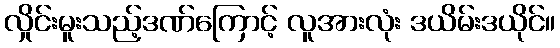
လှိုင်းမူးသည့်ဒဏ်ကြောင့် လူအားလုံး ဒယိမ်းဒယိုင်။